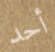
أحد